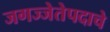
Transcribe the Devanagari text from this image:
जगज्जेतेपदाचे